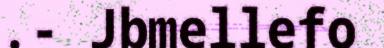
.- Jbmellefo